kultuurilooline_kollektsioon, lk 54
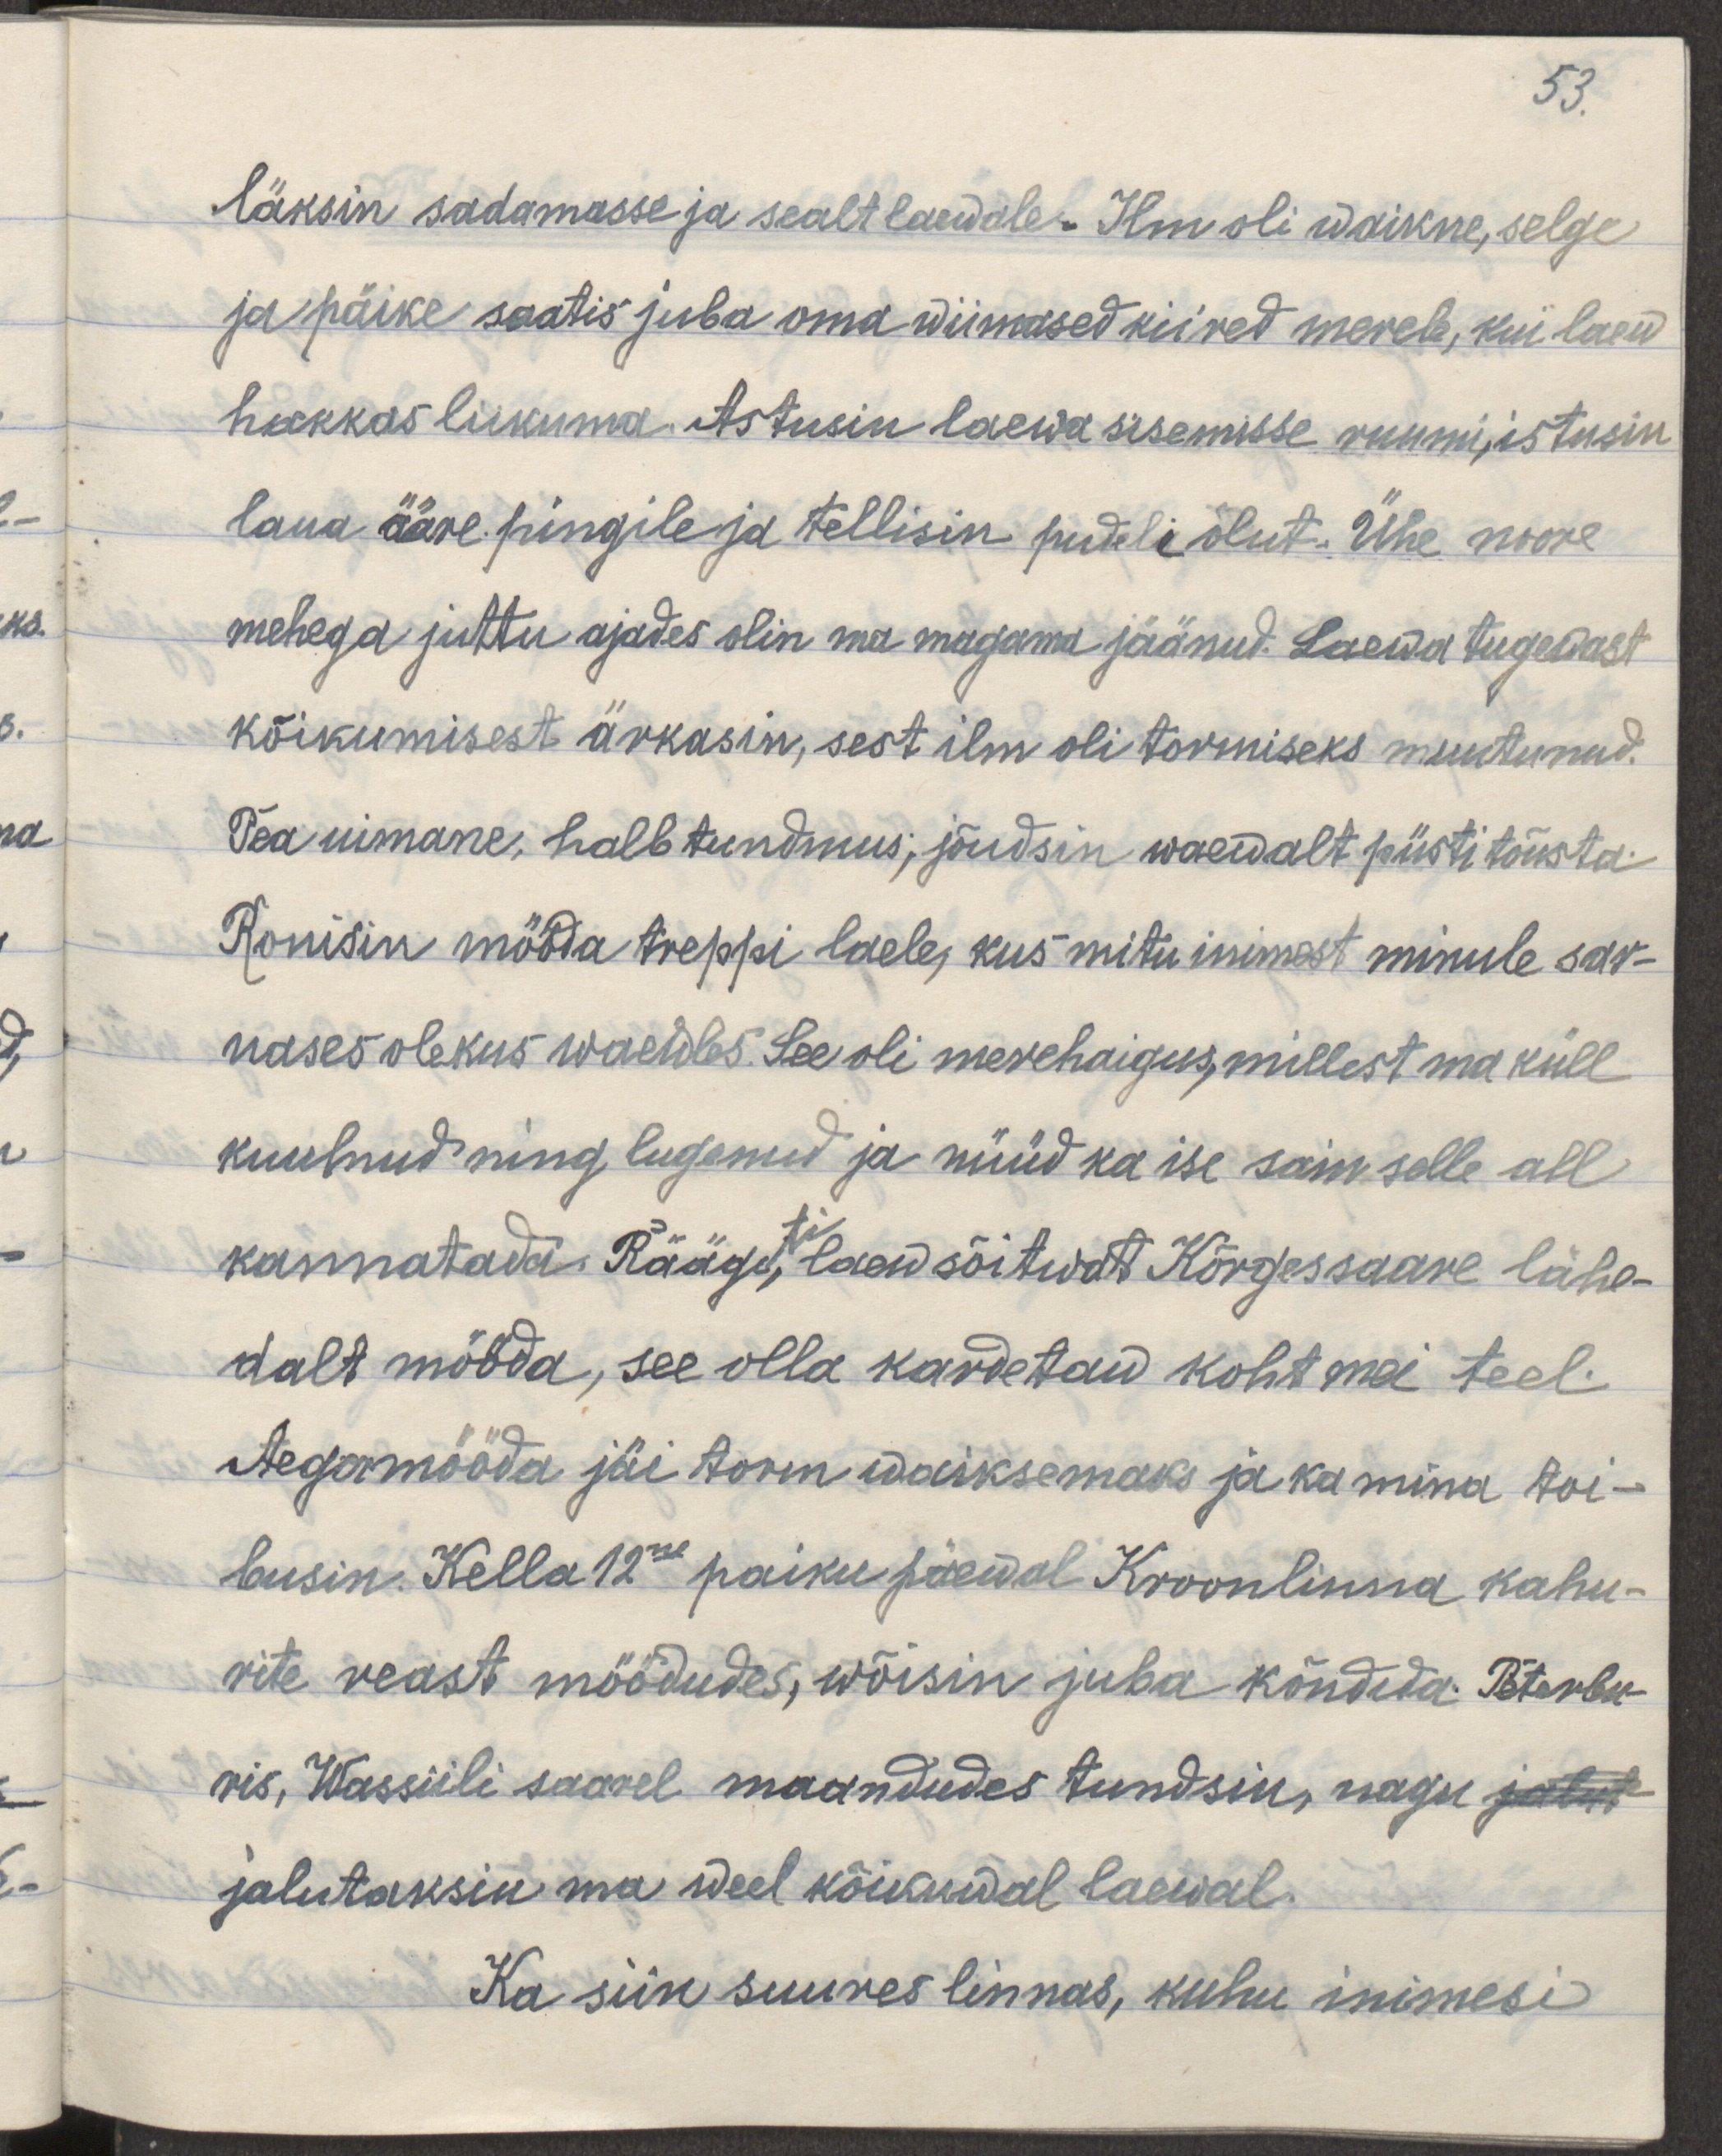
53.
läksin sadamasse ja sealt laewale. Ilm oli waikne, selge
ja päike saatis oma wiimased kiired merele, kui laew
hakkas liikuma. Astusin laewa sisemisse ruumi, istusin
laua ääre pingile ja tellisin pudeli õlut. Ühe noore
mehega juttu ajades olin ma magama jäänud. Laewa tugewast 
kõikumisest ärkasin, sest ilm oli tormiseks muutunud.
Pea uimane, halb tundmus; jõudsin waewalt püsti tõusta.
Ronisin mööda treppi laele, kus mitu inimest minule sar-
nases olekus waewles. See oli merehaigus, millest ma küll
kuulnud ning lugenud ja nüüd ka ise sain selle all
ti
kannatada. Räägi, laew sõitwat Kõrgessaare lähe-
dalt mööda, see olla kardetud koht mei teel.
Aegamööda jäi torm waiksemaks ja ka mina toi-
busin. Kella 12ne   paiku päewal Kroonlinna kahu-
rite reast möödudes, wõisin juba kõndida Peterbu-
ris, Wassiili saarel maandudes tundsin, nagu jalut-
jalutaksin ma weel kõikuwal laewal.
Ka siin suures linnas, kuhu inimesi